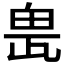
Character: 𤱖